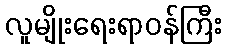
လူမျိုးရေးရာဝန်ကြီး